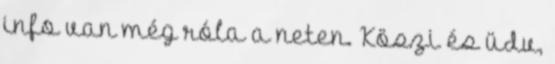
info van még róla a neten. Köszi és üdv,